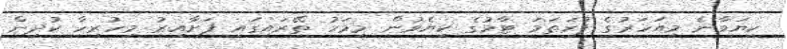
ކިޔަވާނެ މިއަހަރުގެ ފުރަތަމަ ޓާމުގެ ކިޔެވުން މިމަހު ތޭރައިގައި ފަށާއިރު މިހުރިހާ ކުދިން